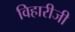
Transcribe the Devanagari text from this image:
विहारीजी